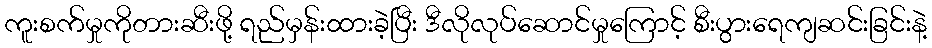
ကူးစက်မှုကိုတားဆီးဖို့ ရည်မှန်းထားခဲ့ပြီး ဒီလိုလုပ်ဆောင်မှုကြောင့် စီးပွားရေကျဆင်းခြင်းနဲ့